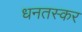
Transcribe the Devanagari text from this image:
धनतस्कर